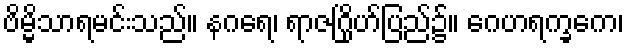
ဗိမ္မိသာရမင်းသည်။ နဂရေ၊ ရာဇဂြိုဟ်ပြည်၌။ ဂေဟရက္ခကေ၊